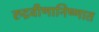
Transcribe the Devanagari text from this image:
रुद्रवीणानिष्णात